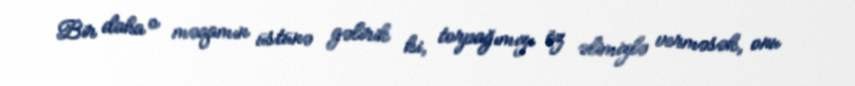
Bir daha o məqamın üstünə gəlirik ki, torpağımızı öz əlimizlə verməsək, onu